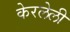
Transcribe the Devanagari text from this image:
केरलेली